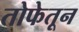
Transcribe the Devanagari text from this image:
तोफेतून